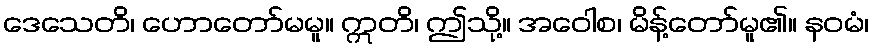
ဒေသေတိ၊ ဟောတော်မမူ။ ဣတိ၊ ဤသို့။ အဝေါစ၊ မိန့်တော်မူ၏။ နဝမံ၊